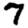
Digit: 7